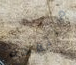
منتفخة